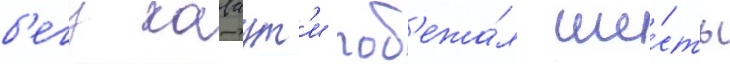
б'егу каваут'и поб'ежа́л ше́сть